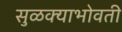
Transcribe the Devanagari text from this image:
सुळक्याभोवती